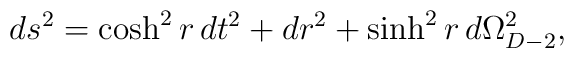
ds^2 = \cosh^2 r\, dt^2 + dr^2 + \sinh^2 r \, d\Omega_{D-2}^2,